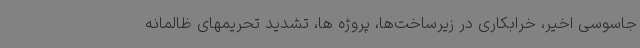
جاسوسی اخیر، خرابکاری در زیرساخت‌ها، پروژه ها، تشدید تحریمهای ظالمانه